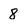
Character: 8